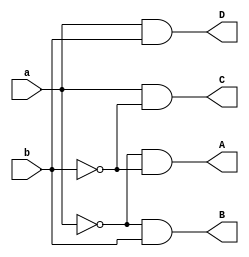
`timescale 1ns / 1ps


module decoder24(
    input a, b,
    output A, B, C, D
    );
    
    assign A = ~a&~b;
    assign B = ~a&b;
    assign C = a&~b;
    assign D = a&b;
    
endmodule